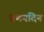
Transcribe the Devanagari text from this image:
प्रणयदिन